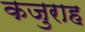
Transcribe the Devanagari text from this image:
कजुराह